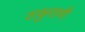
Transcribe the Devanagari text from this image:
ठाकुराणी